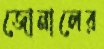
জোনালের